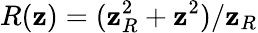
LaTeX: R(\mathbf{z})=(\mathbf{z}_{R}^{2}+\mathbf{z}^{2})/\mathbf{z}_{R}